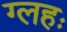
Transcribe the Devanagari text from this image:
ग्लहः